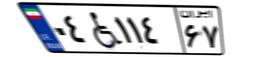
۰۴W۱۱۴۶۷